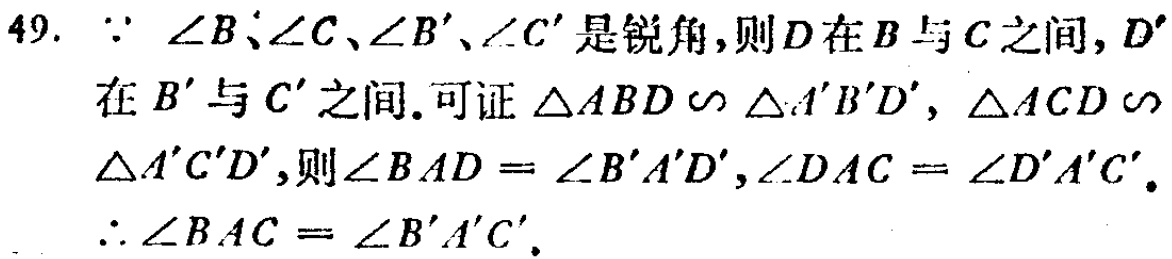
49. $\because \angle B、\angle C、\angle B^{\prime}、\angle C^{\prime}$ 是锐角，则$D$在$B$与$C$之间，$D^{\prime}$在$B^{\prime}$与$C^{\prime}$之间. 可证 $\triangle ABD \backsim \triangle A^{\prime}B^{\prime}D^{\prime}$，$\triangle ACD \backsim \triangle A^{\prime}C^{\prime}D^{\prime}$，则$\angle BAD = \angle B^{\prime}A^{\prime}D^{\prime},\angle DAC = \angle D^{\prime}A^{\prime}C^{\prime}$. $\therefore \angle BAC = \angle B^{\prime}A^{\prime}C^{\prime}$.